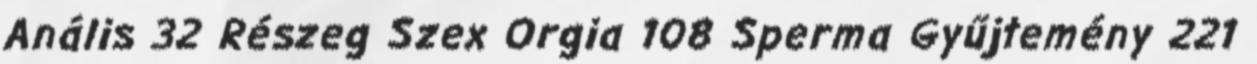
Anális 32 Részeg Szex Orgia 108 Sperma Gyűjtemény 221